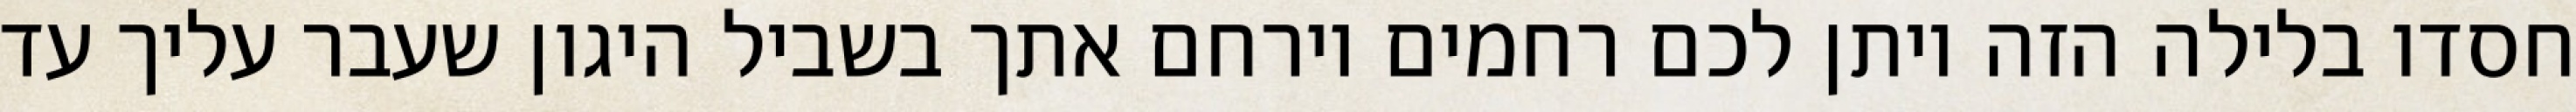
חסדו בלילה הזה ויתן לכם רחמים וירחם אתך בשביל היגון שעבר עליך עד